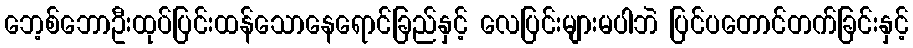
ဘေ့စ်ဘောဦးထုပ်ပြင်းထန်သောနေရောင်ခြည်နှင့် လေပြင်းများမပါဘဲ ပြင်ပတောင်တက်ခြင်းနှင့်